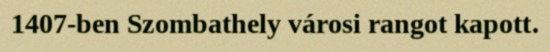
1407-ben Szombathely városi rangot kapott.